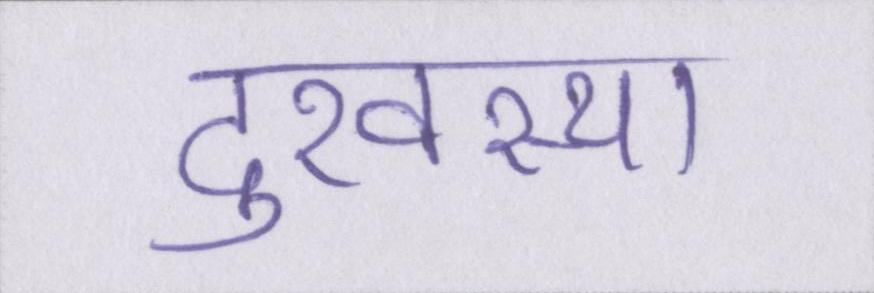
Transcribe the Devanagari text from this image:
दुरवस्था